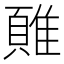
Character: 𲉮